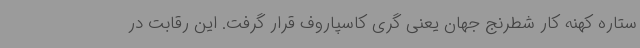
ستاره کهنه کار شطرنج جهان یعنی گری کاسپاروف قرار گرفت. این رقابت در